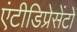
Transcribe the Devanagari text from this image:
एंटीडिप्रेसेंटों